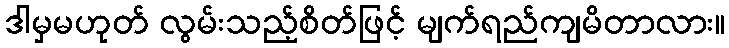
ဒါမှမဟုတ် လွမ်းသည့်စိတ်ဖြင့် မျက်ရည်ကျမိတာလား။